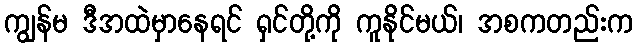
ကျွန်မ ဒီအထဲမှာနေရင် ရှင်တို့ကို ကူနိုင်မယ်၊ အစကတည်းက